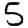
Digit: 5